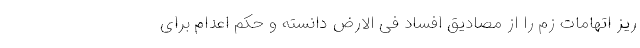
ریز اتهامات زم را از مصادیق افساد فی الارض دانسته و حکم اعدام برای